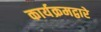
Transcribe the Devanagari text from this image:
कार्यक्रमद्वारे